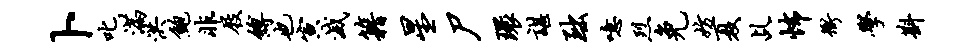
卜叱满洪鲍非屐缚也寅灭籍星尸环谌黜噫烈免妨夏乩怖冲学斟